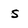
Character: s